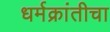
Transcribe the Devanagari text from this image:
धर्मक्रांतीचा